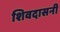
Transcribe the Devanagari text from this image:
शिवदासनी